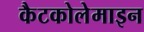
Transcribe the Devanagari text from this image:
कैटकोलेमाइन